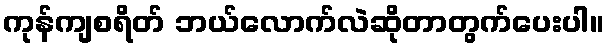
ကုန်ကျစရိတ် ဘယ်လောက်လဲဆိုတာတွက်ပေးပါ။